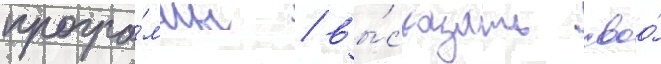
програ́ммы / вы́сказать своо́